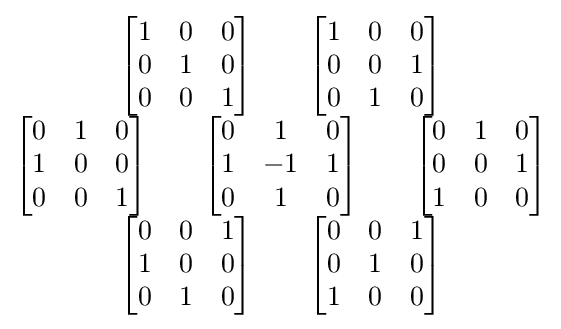
{\begin{matrix}{\begin{bmatrix}1&0&0\\0&1&0\\0&0&1\end{bmatrix}}\qquad {\begin{bmatrix}1&0&0\\0&0&1\\0&1&0\end{bmatrix}}\\{\begin{bmatrix}0&1&0\\1&0&0\\0&0&1\end{bmatrix}}\qquad {\begin{bmatrix}0&1&0\\1&-1&1\\0&1&0\end{bmatrix}}\qquad {\begin{bmatrix}0&1&0\\0&0&1\\1&0&0\end{bmatrix}}\\{\begin{bmatrix}0&0&1\\1&0&0\\0&1&0\end{bmatrix}}\qquad {\begin{bmatrix}0&0&1\\0&1&0\\1&0&0\end{bmatrix}}\end{matrix}}